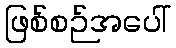
ဖြစ်စဉ်အပေါ်